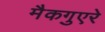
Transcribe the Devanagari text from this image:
मैकगुएरे